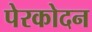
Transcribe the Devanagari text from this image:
पेरकोदन